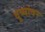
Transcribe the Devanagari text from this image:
दुव्यांवर